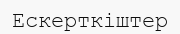
Ескерткіштер